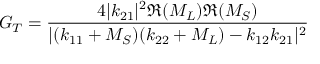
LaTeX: G _ { T } = { \frac { 4 | k _ { 2 1 } | ^ { 2 } \Re { ( M _ { L } ) } \Re { ( M _ { S } ) } } { | ( k _ { 1 1 } + M _ { S } ) ( k _ { 2 2 } + M _ { L } ) - k _ { 1 2 } k _ { 2 1 } | ^ { 2 } } }